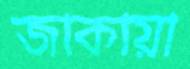
জাকায়া